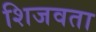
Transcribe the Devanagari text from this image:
शिजवता